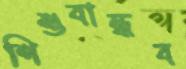
শিশুবান্ধব